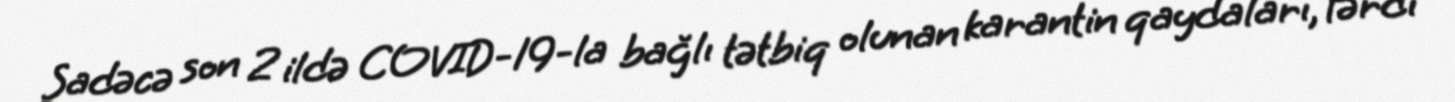
Sadəcə son 2 ildə COVID-19-la bağlı tətbiq olunan karantin qaydaları, fərdi